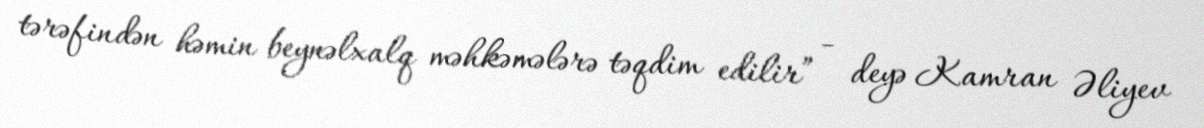
tərəfindən həmin beynəlxalq məhkəmələrə təqdim edilir” - deyə Kamran Əliyev